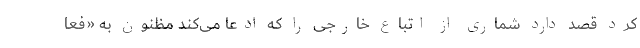
کرد قصد دارد شماری از اتباع خارجی را که ادعا می‌کند مظنون به «فعا